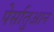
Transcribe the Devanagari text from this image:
पेर्सातुआन